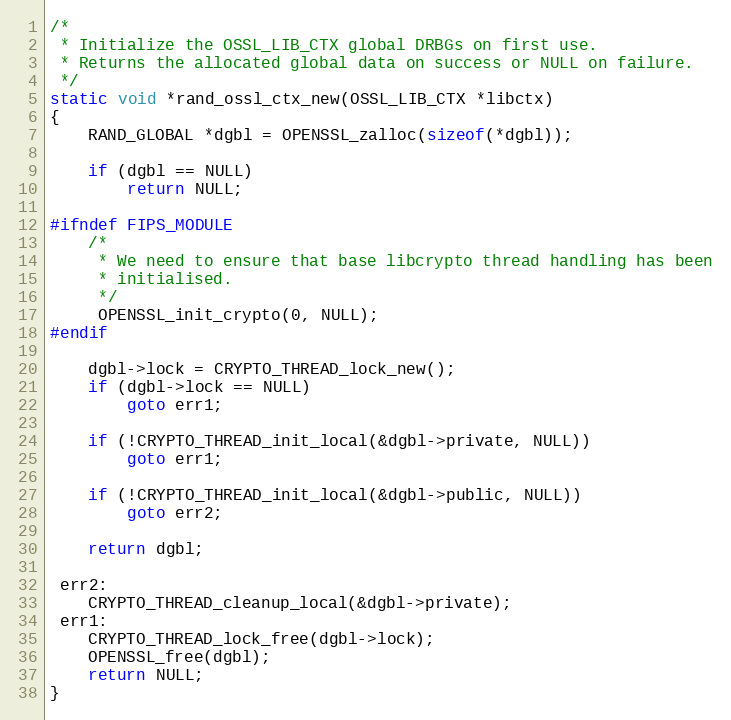
Language: C
/*
 * Initialize the OSSL_LIB_CTX global DRBGs on first use.
 * Returns the allocated global data on success or NULL on failure.
 */
static void *rand_ossl_ctx_new(OSSL_LIB_CTX *libctx)
{
    RAND_GLOBAL *dgbl = OPENSSL_zalloc(sizeof(*dgbl));

    if (dgbl == NULL)
        return NULL;

#ifndef FIPS_MODULE
    /*
     * We need to ensure that base libcrypto thread handling has been
     * initialised.
     */
     OPENSSL_init_crypto(0, NULL);
#endif

    dgbl->lock = CRYPTO_THREAD_lock_new();
    if (dgbl->lock == NULL)
        goto err1;

    if (!CRYPTO_THREAD_init_local(&dgbl->private, NULL))
        goto err1;

    if (!CRYPTO_THREAD_init_local(&dgbl->public, NULL))
        goto err2;

    return dgbl;

 err2:
    CRYPTO_THREAD_cleanup_local(&dgbl->private);
 err1:
    CRYPTO_THREAD_lock_free(dgbl->lock);
    OPENSSL_free(dgbl);
    return NULL;
}